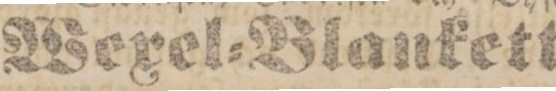
Wexel=Blanketter.